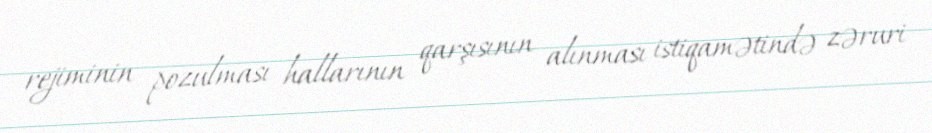
rejiminin pozulması hallarının qarşısının alınması istiqamətində zəruri